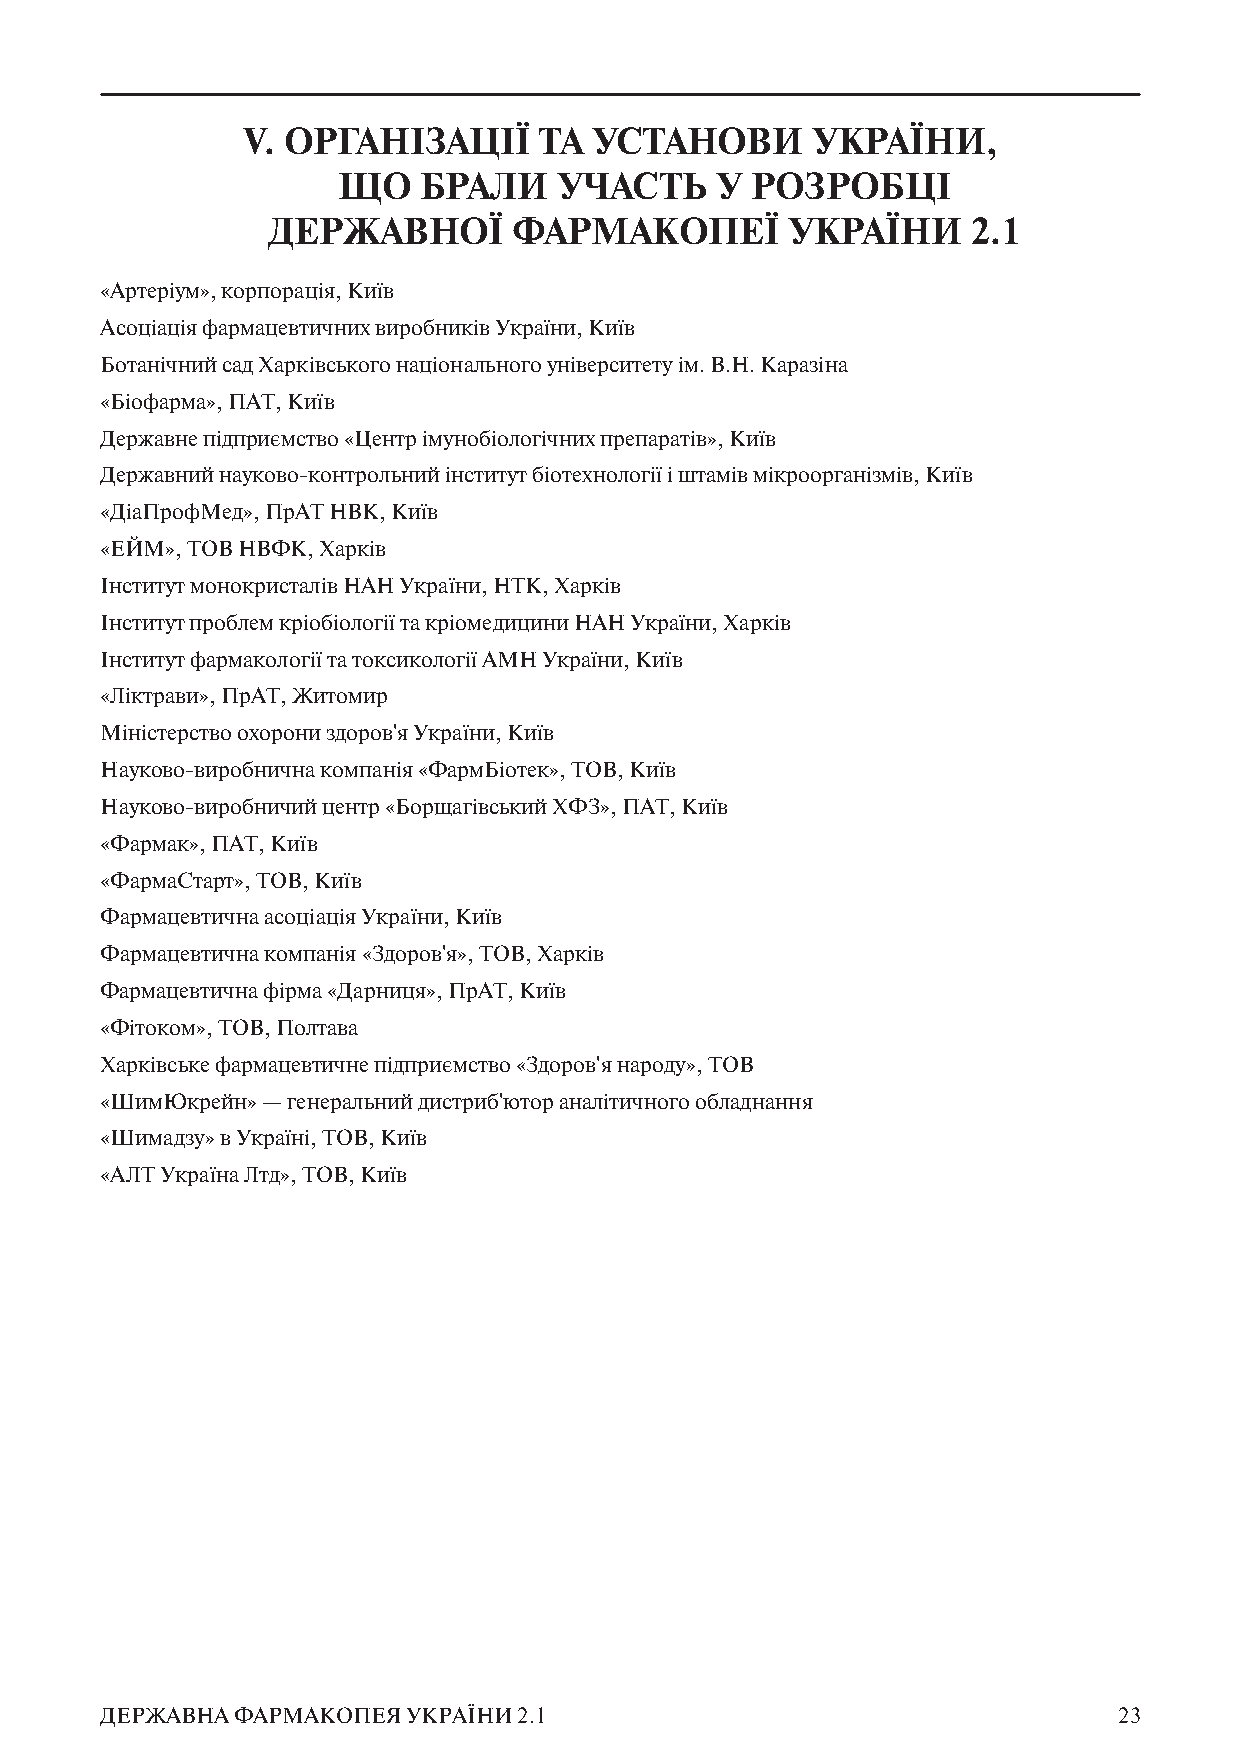
V. ОРГАНІЗАЦІЇ      ТА УСТАНОВИ       УКРАЇНИ,
 ЩО    БРАЛИ    УЧАСТЬ    У  РОЗРОБЦІ
 ДЕРЖАВНОЇ       ФАРМАКОПЕЇ        УКРАЇНИ     2.1
 «Артеріум», корпорація, Київ
 Асоціація фармацевтичних виробників України, Київ
 Ботанічний сад Харківського національного університету ім. В.Н. Каразіна
 «Біофарма», ПАТ, Київ
 Державне підприємство «Центр імунобіологічних препаратів», Київ
 Державний науково-контрольний інститут біотехнології і штамів мікроорганізмів, Київ
 «ДіаПрофМед», ПрАТ НВК, Київ
 «ЕЙМ», ТОВ НВФК, Харків
 Інститут монокристалів НАН України, НТК, Харків
 Інститут проблем кріобіології та кріомедицини НАН України, Харків
 Інститут фармакології та токсикології АМН України, Київ
 «Ліктрави», ПрАТ, Житомир
 Міністерство охорони здоров'я України, Київ
 Науково-виробнична компанія «ФармБіотек», ТОВ, Київ
 Науково-виробничий центр «Борщагівський ХФЗ», ПАТ, Київ
 «Фармак», ПАТ, Київ
 «ФармаСтарт», ТОВ, Київ
 Фармацевтична асоціація України, Київ
 Фармацевтична компанія «Здоров'я», ТОВ, Харків
 Фармацевтична фірма «Дарниця», ПрАТ, Київ
 «Фітоком», ТОВ, Полтава
 Харківське фармацевтичне підприємство «Здоров'я народу», ТОВ
 «ШимЮкрейн» — генеральний дистриб'ютор аналітичного обладнання
 «Шимадзу» в Україні, ТОВ, Київ
 «АЛТ Україна Лтд», ТОВ, Київ
 ДЕРЖАВНА ФАРМАКОПЕЯ УКРАЇНИ 2.1                                    23